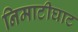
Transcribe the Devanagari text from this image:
निमाटीघाट